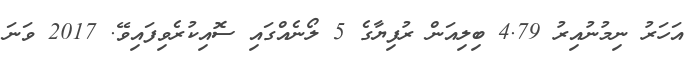
އަހަރު ނިމުނުއިރު 4.79 ބިލިއަން ރުފިޔާގެ 5 ލޯނެއްގައި ސޮއިކުރެވިފައިވޭ. 2017 ވަނަ